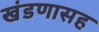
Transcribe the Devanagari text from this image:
खंडणासह